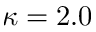
\kappa = 2 . 0